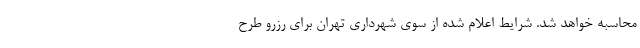
محاسبه خواهد شد. شرایط اعلام شده از سوی شهرداری تهران برای رزرو طرح